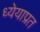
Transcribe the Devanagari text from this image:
ध्येयाप्रत